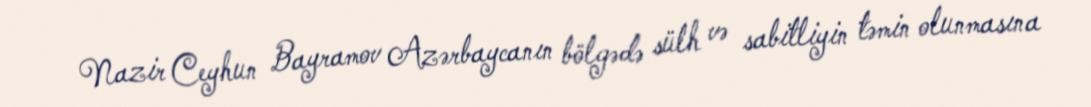
Nazir Ceyhun Bayramov Azərbaycanın bölgədə sülh və sabitliyin təmin olunmasına